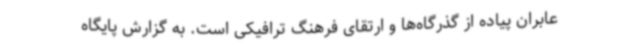
عابران پیاده از گذرگاه‌ها و ارتقای فرهنگ ترافیکی است. به گزارش پایگاه